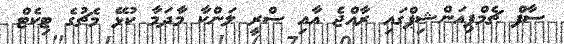
ސާފް ޗެމްޕިއަންޝިޕްގައި ރާއްޖެ އާއި ސްރީ ލަންކާ މާދަމާ ކުޅޭ މެޗުގެ ޓިކެޓް